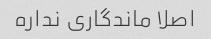
اصلا ماندگاری نداره